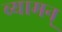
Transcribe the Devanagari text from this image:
व्यामन्